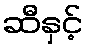
ဆီနှင့်